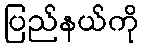
ပြည်နယ်ကို